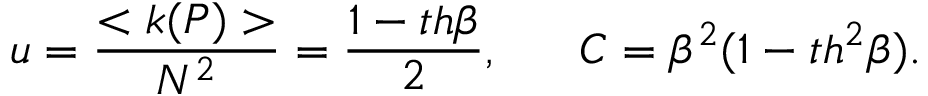
u = \frac { < k ( P ) > } { N ^ { 2 } } = \frac { 1 - t h \beta } { 2 } , ~ ~ ~ ~ ~ C = \beta ^ { 2 } ( 1 - t h ^ { 2 } \beta ) .